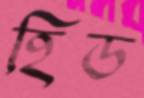
হিড